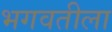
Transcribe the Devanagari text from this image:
भगवतीला